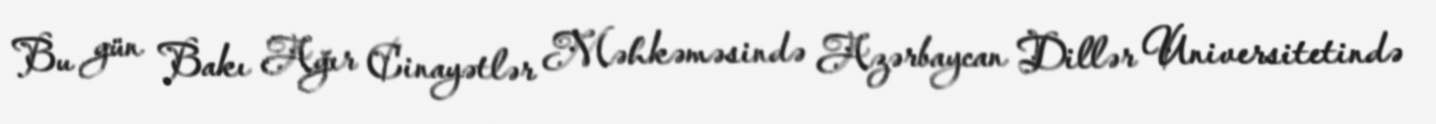
Bu gün Bakı Ağır Cinayətlər Məhkəməsində Azərbaycan Dillər Universitetində